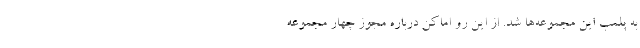
به پلمب این مجموعه‌ها شد. از این رو اماکن درباره مجوز چهار مجموعه